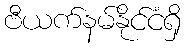
ဗီယက်နမ်နိုင်ငံရှိ